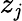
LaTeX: z_{\mathit{j}}